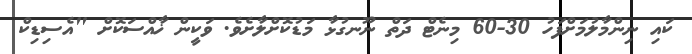
ކައި ނިންމާލުމަށްފަހު 30-60 މިނެޓް ދަތް ނޫނގުޅާ މަޑުކޮށްލާށެވެ. ވަކީން ޚާއްސަކޮށް "އެސިޑިކް